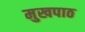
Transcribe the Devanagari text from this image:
मुखपाठ